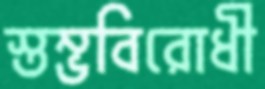
স্তম্ভবিরোধী